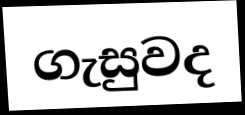
ගැසුවද